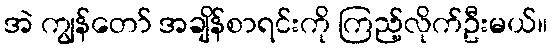
အဲ ကျွန်တော် အချိန်စာရင်းကို ကြည့်လိုက်ဦးမယ်။